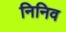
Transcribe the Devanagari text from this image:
निनिव